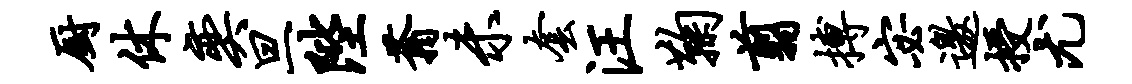
厨休奕旦陛蓊未套汪鞠翦搏宓邀授尤